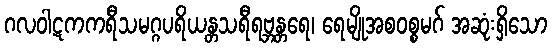
ဂလဝါဋကကရီသမဂ္ဂပရိယန္တသရီရဗ္ဘန္တရေ၊ ရေမျိုအစဝစ္စမဂ် အဆုံးရှိသော